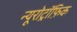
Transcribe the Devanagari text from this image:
न्यूरोट्रॉफ़िक